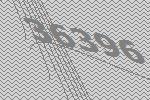
36396